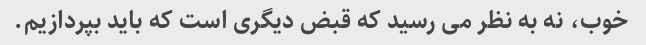
خوب، نه به نظر می رسید که قبض دیگری است که باید بپردازیم.